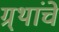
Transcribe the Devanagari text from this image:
ग्र्थांचे